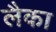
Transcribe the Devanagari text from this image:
लैका